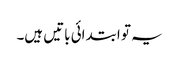
یہ تو ابتدائی باتیں ہیں۔